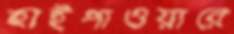
হাইপাওয়ারে